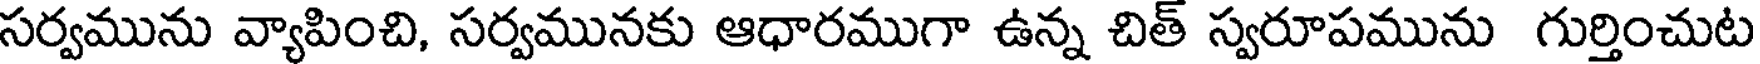
సర్వమును వ్యాపించి, సర్వమునకు ఆధారముగా ఉన్న చిత్ స్వరూపమును గుర్తించుట